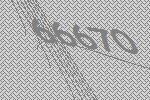
66670